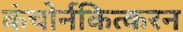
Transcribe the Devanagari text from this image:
कंचोर्नकित्करन